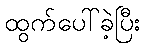
ထွက်ပေါ်ခဲ့ပြီး